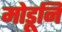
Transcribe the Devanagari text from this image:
मोडूनि